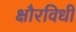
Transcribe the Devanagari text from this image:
क्षौरविधी